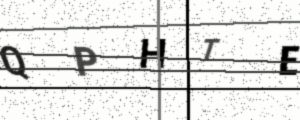
Text: QPHTE